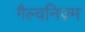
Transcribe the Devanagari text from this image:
गैल्वनिज़्म